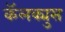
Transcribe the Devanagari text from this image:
कॅलक्युस